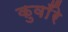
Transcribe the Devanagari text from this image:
कुवाँरे